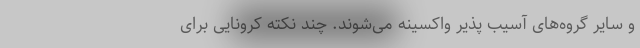
و سایر گروه‌های آسیب پذیر واکسینه می‌شوند. چند نکته کرونایی برای